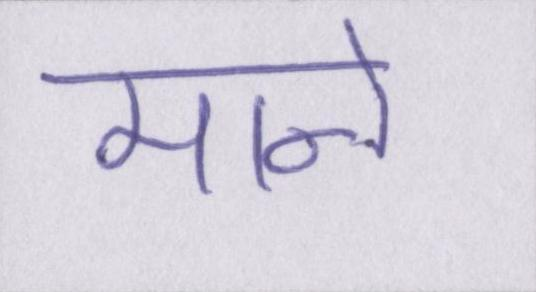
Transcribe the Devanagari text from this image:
माने